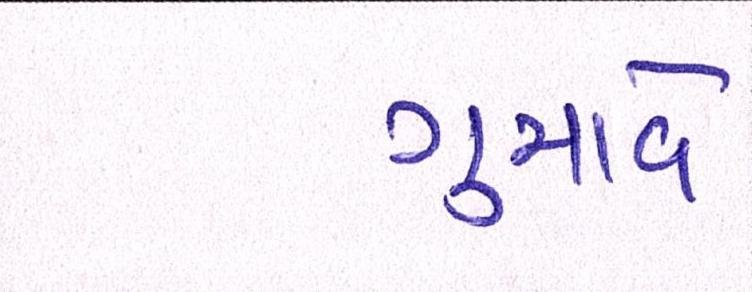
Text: ગુમાવે